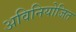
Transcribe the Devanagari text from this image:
अविनियोजित